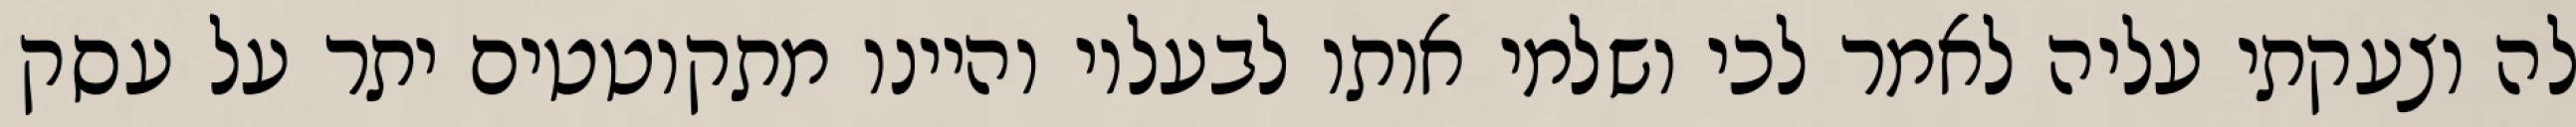
לה וצעקתי עליה לאמר לכי ושלמי אותו לבעליו והיינו מתקוטטים יתר על עסק